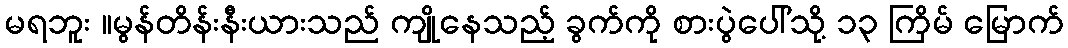
မရဘူး ။မွန်တိန်းနီးယားသည် ကျိုနေသည့် ခွက်ကို စားပွဲပေါ်သို့ ၁၃ ကြိမ် မြောက်